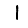
Digit: 1